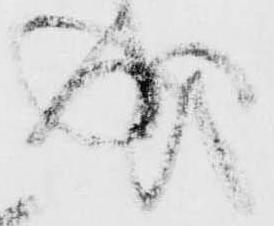
成